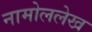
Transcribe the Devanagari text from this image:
नामोललेख